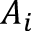
A _ { i }